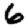
Digit: 6